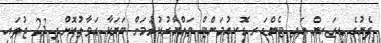
ފެނުގެ ޑިޒައިން އަދި ޓެންޑަރ ޑޮކިއުމަންޓް ތައްޔާރުކުރުމަށް ބަޔަކާ ޙަވާލުކޮށްފި 23 ޖުލައި